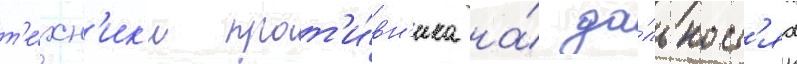
т'е́хн'ик'и прот'и́вн'ика на́ да́льност'ях